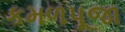
કમળપૂજા